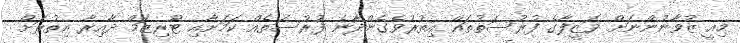
މިއީ ޒުވާނުންނަށް ވަޒީފާގެ ފުރުސަތުތައް އިތުރުވެގެންދާނެ ފުރުސަތެއް ކަމަށާއި ޓޫރިޒަމް ދާއިރާ އިތުރަށް